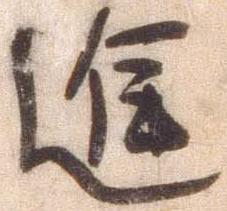
進